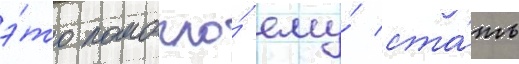
э́то помогло́ ему́ ста́ть